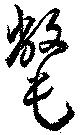
氅